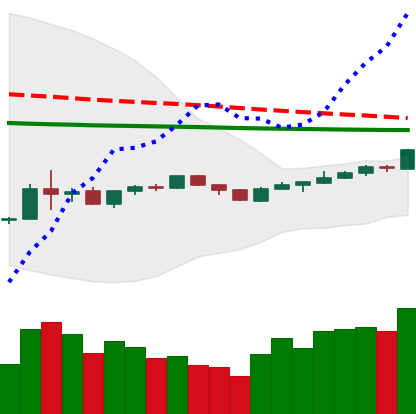
Ticker: BNB-USD
Chart end date: 2020-04-06
Forward return: -8.487%
Label: down_7plus